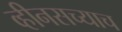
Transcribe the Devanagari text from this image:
व्हीनसच्याच